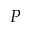
P